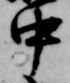
中